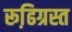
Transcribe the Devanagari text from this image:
रूढि़ग्रस्त